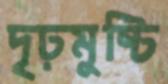
দৃঢ়মুষ্টি